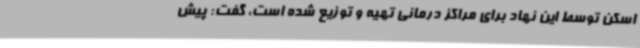
اسکن توسط این نهاد برای مراکز درمانی تهیه و توزیع شده است، گفت: پیش